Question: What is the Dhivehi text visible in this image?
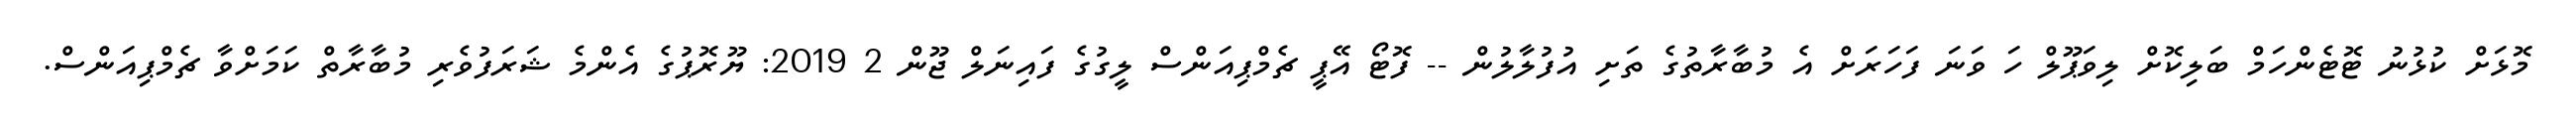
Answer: މޮޅަށް ކުޅުނު ޓޮޓެންހަމް ބަލިކޮށް ލިވަޕޫލް ހަ ވަނަ ފަހަރަށް އެ މުބާރާތުގެ ތަށި އުފުލާލުން -- ފޮޓޯ އޭޕީ ޗެމްޕިއަންސް ލީގުގެ ފައިނަލް ޖޫން 2 2019: ޔޫރޮޕުގެ އެންމެ ޝަރަފުވެރި މުބާރާތް ކަމަށްވާ ޗެމްޕިއަންސް.